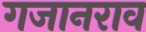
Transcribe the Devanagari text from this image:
गजानराव